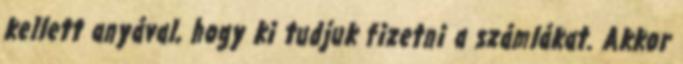
kellett anyával, hogy ki tudjuk fizetni a számlákat. Akkor